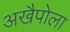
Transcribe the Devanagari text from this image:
अखैपोला